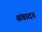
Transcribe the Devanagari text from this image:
संवादन